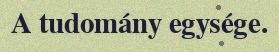
A tudomány egysége.